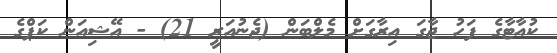
ކުއާޓާގެ ފަހު ޖާގަ އިރާގަށް މެލްބަން (ޖެނުއަރީ 21) - އޭޝިއަން ކަޕްގެ